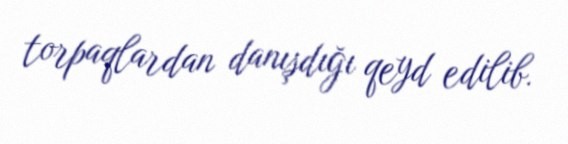
torpaqlardan danışdığı qeyd edilib.